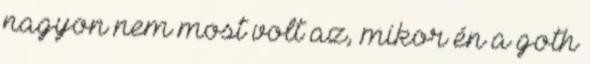
nagyon nem most volt az, mikor én a goth